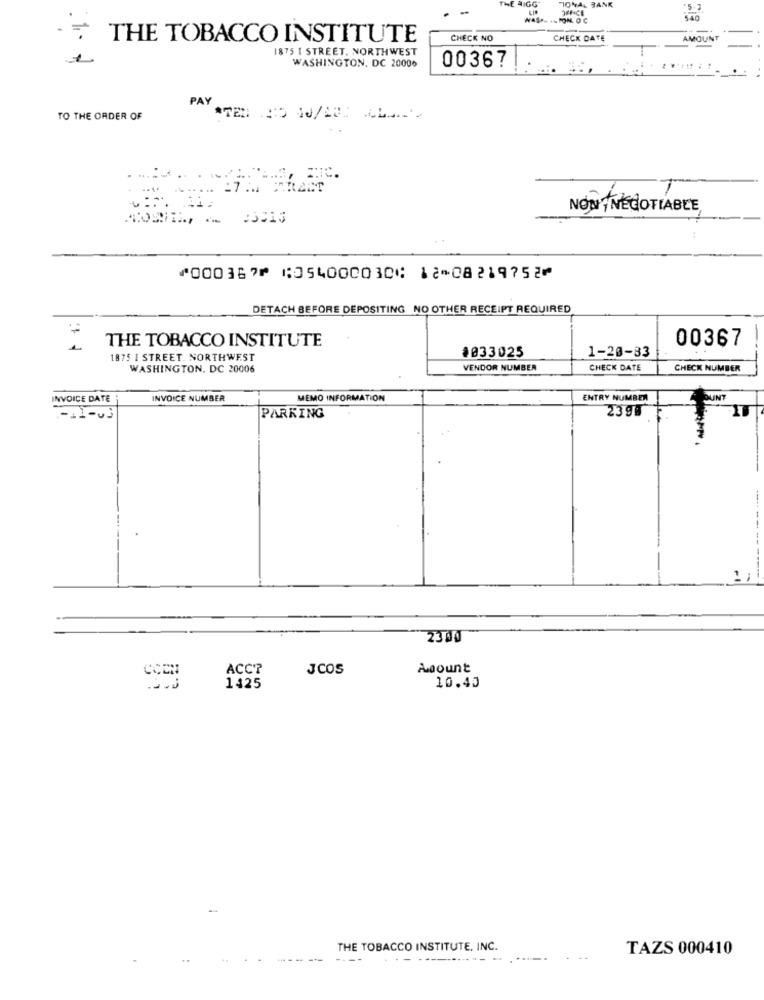
AIGG
TIONAL BANK
OFFICE
5.3
THE TOBACCO INSTITUTE
CHECK NO
CHECK DATE
AMOUNT
1875 1 STREET, NORTHWEST
WASHINGTON, DC 20006
00367
PAY
TO THE ORDER OF
.....
NON NEGOTIABLE
⑈000367⑈ ⑆054000030⑆ 12⑉08219752⑈
DETACH BEFORE DEPOSITING NO OTHER RECEIPT REQUIRED
THE TOBACCO INSTITUTE
00367
$033025
1-20-83
1875 I STREET. NORTHWEST
WASHINGTON, DC 20006
VENDOR NUMBER
CHECK DATE
CHECK NUMBER
INVOICE DATE
INVOICE NUMBER
MEMO INFORMATION
ENTRY NUMBER
MUNT
.-. l-us
PARKING
2390
---
2300
ACC?
JCOS
Asount
1425
10.40
THE TOBACCO INSTITUTE, INC.
TAZS 000410